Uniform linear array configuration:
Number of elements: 48
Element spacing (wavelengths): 1
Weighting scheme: blackman
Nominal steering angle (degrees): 15
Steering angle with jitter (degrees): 15.699
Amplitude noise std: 0.05
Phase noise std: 0.05

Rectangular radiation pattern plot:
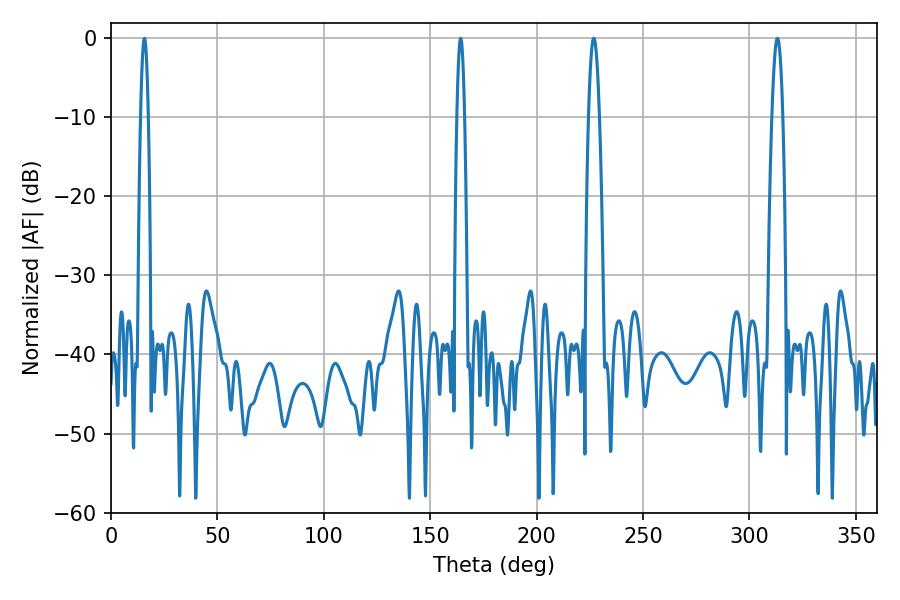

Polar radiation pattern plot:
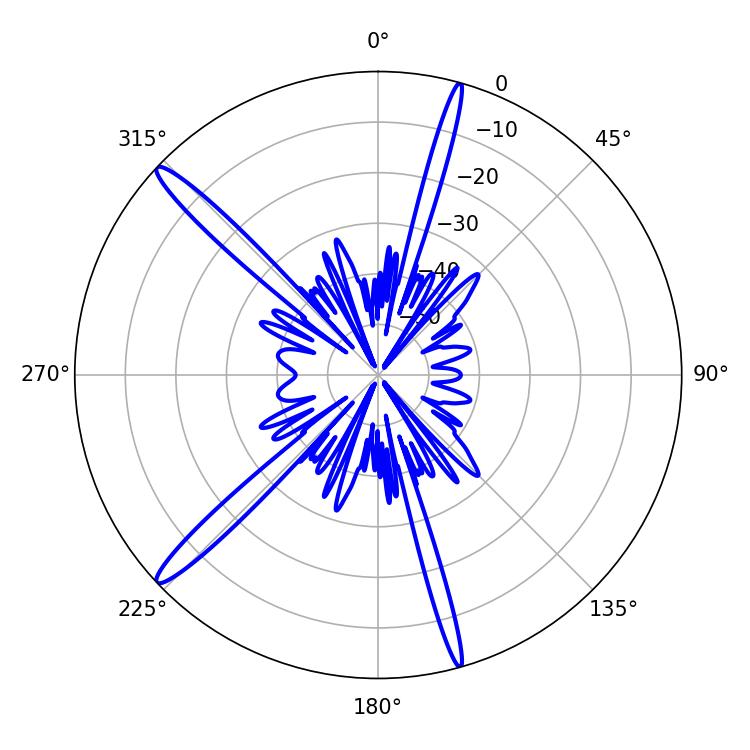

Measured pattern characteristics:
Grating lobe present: TRUE
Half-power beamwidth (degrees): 2.7
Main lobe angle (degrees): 226.8